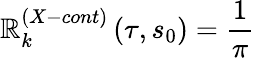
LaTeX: {\cal\mathbb{R}}_{k}^{\left(X-cont\right)}\left(\tau,s_{0}\right)=\frac{{1}}{{\pi}}